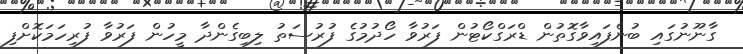
ގާނޫނުގައި ބުނެފައިވާގޮތުން ޑްރަގްކޯޓުން ފަރުވާ ހޯދުމުގެ ފުރުސަތު ލިބިގެންދާ މީހުން ފަރުވާ ފުރިހަމަކޮށްފި